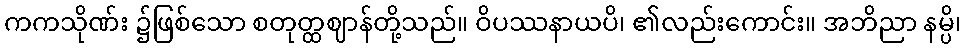
ကကသိုဏ်း ၌ဖြစ်သော စတုတ္ထဈာန်တို့သည်။ ဝိပဿနာယပိ၊ ၏လည်းကောင်း။ အဘိညာ နမ္ပိ၊